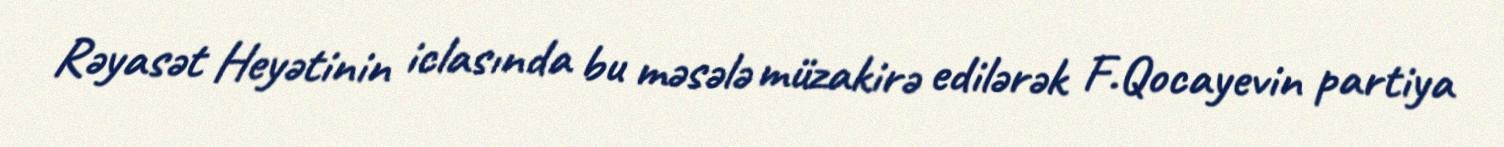
Rəyasət Heyətinin iclasında bu məsələ müzakirə edilərək F.Qocayevin partiya